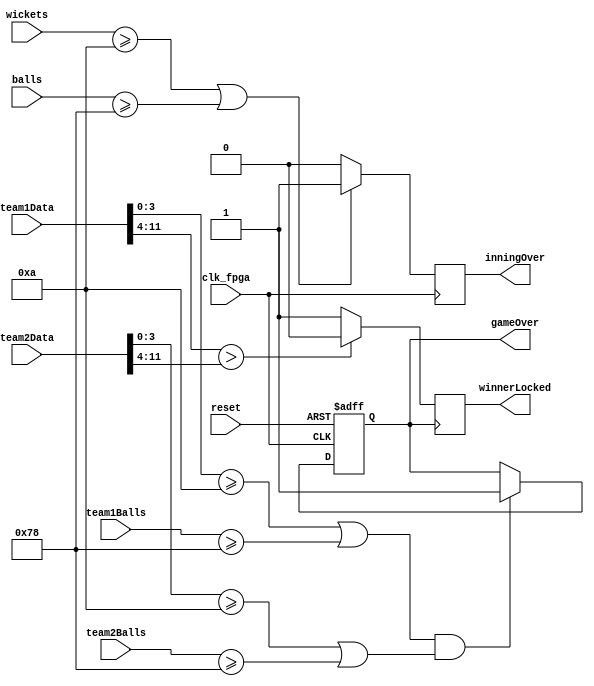
module score_comparator(
    input clk_fpga,
    input reset,
	 input [11:0] team1Data, 
	 input [11:0] team2Data, 
	 input [6:0] team1Balls, 
	 input [6:0] team2Balls, 
	 input [3:0] wickets, 
	 input [7:0] balls, 
	 output reg inningOver, 
	 output reg gameOver, 
	 output reg winnerLocked
    );
	 
	 // if the currently selected team has 120 balls or 10 wickets, their inning is complete, so signal bcdDisplay to show IO on screen 
	 always @ (posedge clk_fpga)	begin 
		 if((wickets >= 10) || (balls >= 120))
			inningOver <= 1; 
		 else
			inningOver <= 0; 
	 end
	 
	 // if both teams either reach 120 balls or have lost 10 wickets, end the game 
	 always @ (posedge clk_fpga, posedge reset)	begin 
		 if (reset)
			gameOver <= 0; 
		 else if(((team1Data[3:0] >= 10) || (team1Balls >= 120)) && ((team2Data[3:0] >= 10) || (team2Balls >= 120)))
			gameOver <= 1; 
		 else
			gameOver <= gameOver;
	 end
	 
	 // on rising edge of gameover, lock in the winner 
	 always @ (posedge gameOver)	begin 
		 if (team1Data[11:4] > team2Data[11:4]) // most runs on gameover wins
			winnerLocked <= 0; // team 1 wins 
		 else
			winnerLocked <= 1; // team 2 wins
	 end
	 
endmodule